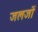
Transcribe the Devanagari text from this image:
जलजों